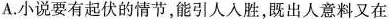
A.小说要有起伏的情节，能引人入胜，既出人意料又在